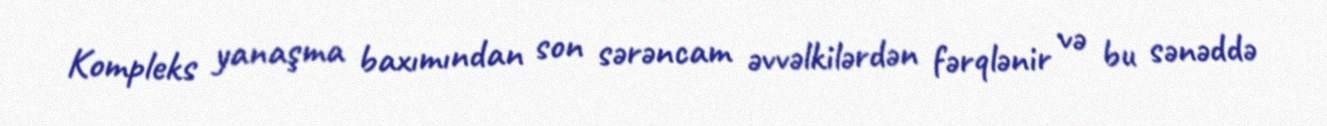
Kompleks yanaşma baxımından son sərəncam əvvəlkilərdən fərqlənir və bu sənəddə